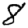
Digit: 8